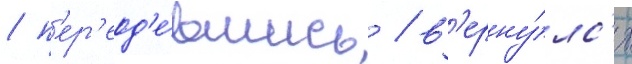
/ п'ер'еод'е́вшись / в'ерну́лс'я